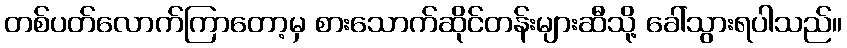
တစ်ပတ်လောက်ကြာတော့မှ စားသောက်ဆိုင်တန်းများဆီသို့ ခေါ်သွားရပါသည်။